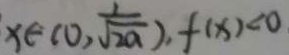
x \in ( 0 , \frac { 1 } { \sqrt { 2 a } } ) , f ( x ) < 0